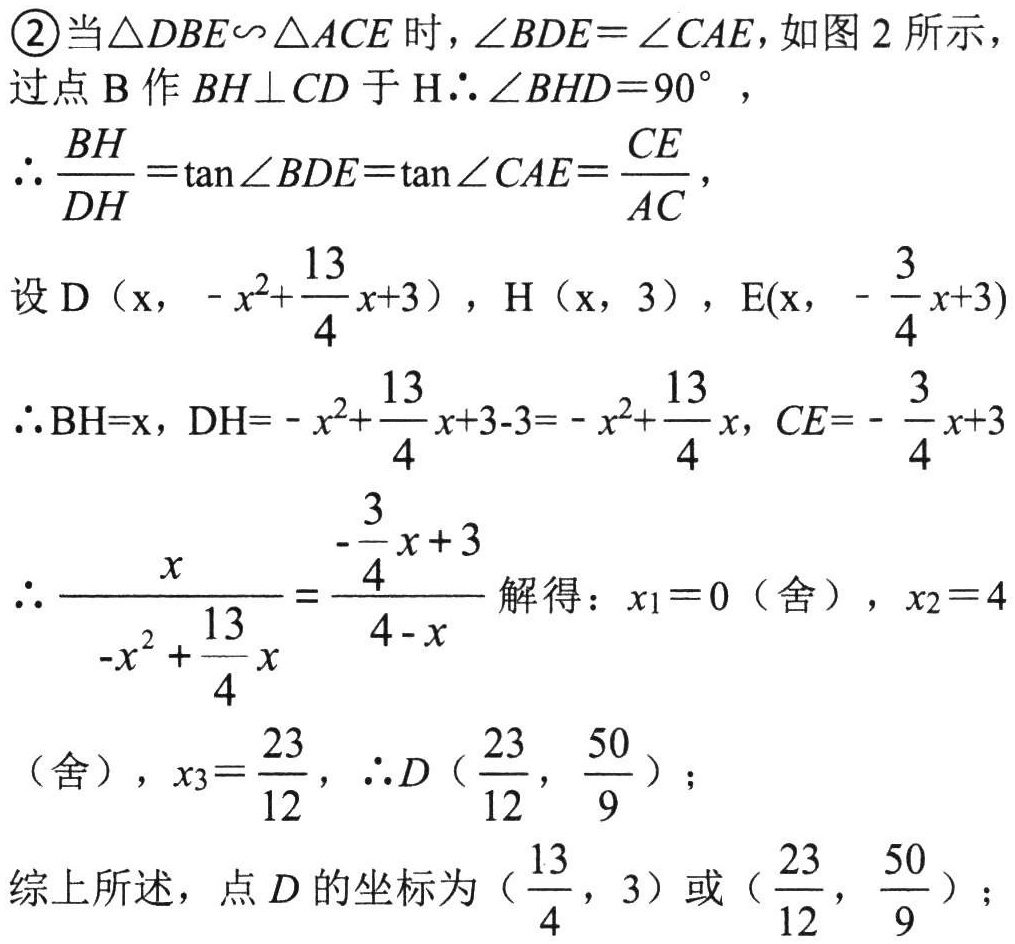
\textcircled{2}当\(\triangle DBE\sim\triangle ACE\)时，\(\angle BDE = \angle CAE\)，如图 2 所示，
过点\(B\)作\(BH\perp CD\)于\(H\) \(\therefore\angle BHD = 90^{\circ}\)，
\(\therefore \frac{BH}{DH}=\tan\angle BDE=\tan\angle CAE=\frac{CE}{AC}\)，
设\(D\left(x,-x^{2}+\frac{13}{4}x + 3\right)\)，\(H\left(x,3\right)\)，\(E\left(x,-\frac{3}{4}x + 3\right)\)
\(\therefore BH = x\)，\(DH=-x^{2}+\frac{13}{4}x + 3 - 3=-x^{2}+\frac{13}{4}x\)，\(CE=-\frac{3}{4}x + 3\)
\(\therefore \frac{x}{-x^{2}+\frac{13}{4}x}=\frac{-\frac{3}{4}x + 3}{4 - x}\) 解得：\(x_{1}=0\)（舍），\(x_{2}=4\)
（舍），\(x_{3}=\frac{23}{12}\)，\(\therefore D\left(\frac{23}{12},\frac{50}{9}\right)\)；
综上所述，点\(D\)的坐标为\(\left(\frac{13}{4},3\right)\)或\(\left(\frac{23}{12},\frac{50}{9}\right)\)；